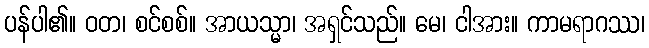
ပန်ပါ၏။ ဝတ၊ စင်စစ်။ အာယသ္မာ၊ အရှင်သည်။ မေ၊ ငါအား။ ကာမရာဂဿ၊